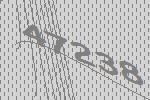
47238